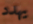
يهدد